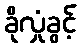
ခိုလှုံခွင့်